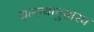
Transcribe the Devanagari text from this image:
सल्ल्यानुसारच